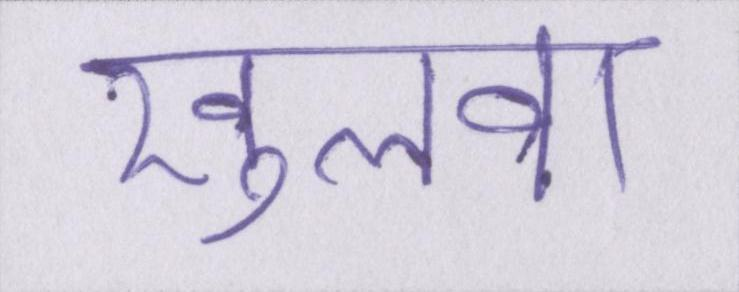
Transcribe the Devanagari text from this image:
खुलवा